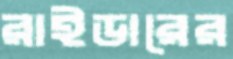
রাইডারের